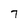
Character: 7